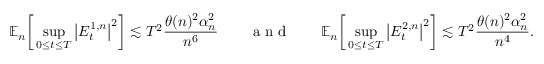
\mathbb { E } _ { n } \bigg [ \operatorname* { s u p } _ { 0 \le t \le T } \big | E _ { t } ^ { 1 , n } \big | ^ { 2 } \bigg ] \lesssim T ^ { 2 } \frac { \theta ( n ) ^ { 2 } \alpha _ { n } ^ { 2 } } { n ^ { 6 } } \quad \quad \textrm { a n d } \quad \quad \mathbb { E } _ { n } \bigg [ \operatorname* { s u p } _ { 0 \le t \le T } \big | E _ { t } ^ { 2 , n } \big | ^ { 2 } \bigg ] \lesssim T ^ { 2 } \frac { \theta ( n ) ^ { 2 } \alpha _ { n } ^ { 2 } } { n ^ { 4 } } .